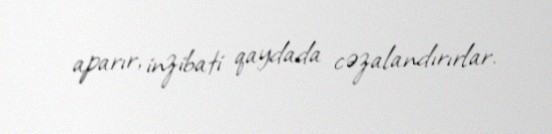
aparır, inzibati qaydada cəzalandırırlar.